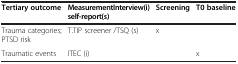
| Tertiary outcome | MeasurementInterview(i)self-report(s) | Screening | T0 baseline |
 | --- | --- | --- | --- |
 | Trauma categories; PTSD risk | T.TIP screener /TSQ (s) | x |  |
 | Traumatic events | ITEC (i) |  | x |